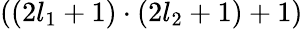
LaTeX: ((2l_{1}+1)\cdot(2l_{2}+1)+1)